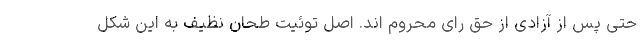
حتی پس از آزادی از حق رای محروم اند. اصل توئیت طحان نظیف به این شکل